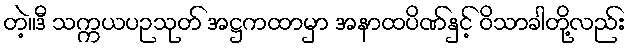
တဲ့။ဒီ သက္ကယပဉသုတ် အဋ္ဌကထာမှာ အနာထပိဏ်နှင့် ဝိသာခါတို့လည်း